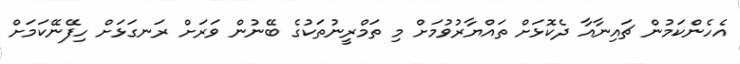
އެހެންކަމުން ޗައިނާއާ ދެކޮޅަށް ތައްޔާރުވުމަށް މި ތަމްރީނުތަކުގެ ބޭނުން ވަރަށް ރަނގަޅަށް ހިފޭނޭކަމަށް